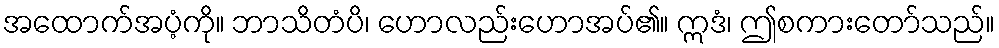
အထောက်အပံ့ကို။ ဘာသိတံပိ၊ ဟောလည်းဟောအပ်၏။ ဣဒံ၊ ဤစကားတော်သည်။